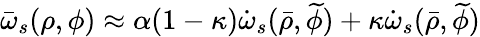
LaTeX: \bar{\omega}_{s}(\rho,\phi)\approx\alpha(1-\kappa)\dot{\omega}_{s}(\bar{\rho},\widetilde{\phi})+\kappa\dot{\omega}_{s}(\bar{\rho},\widetilde{\phi})